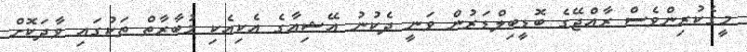
މީގެކުރިންވެސް ރާއްޖޭގެ ބޮޑީބިލްޑަރުން ވަނީ ދެކުނު އޭޝިއާގެ އެކިއެކި މުބާރާތް ތަކުގައި ވާދަކޮށް